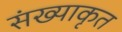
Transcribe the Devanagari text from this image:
संख्याकृत